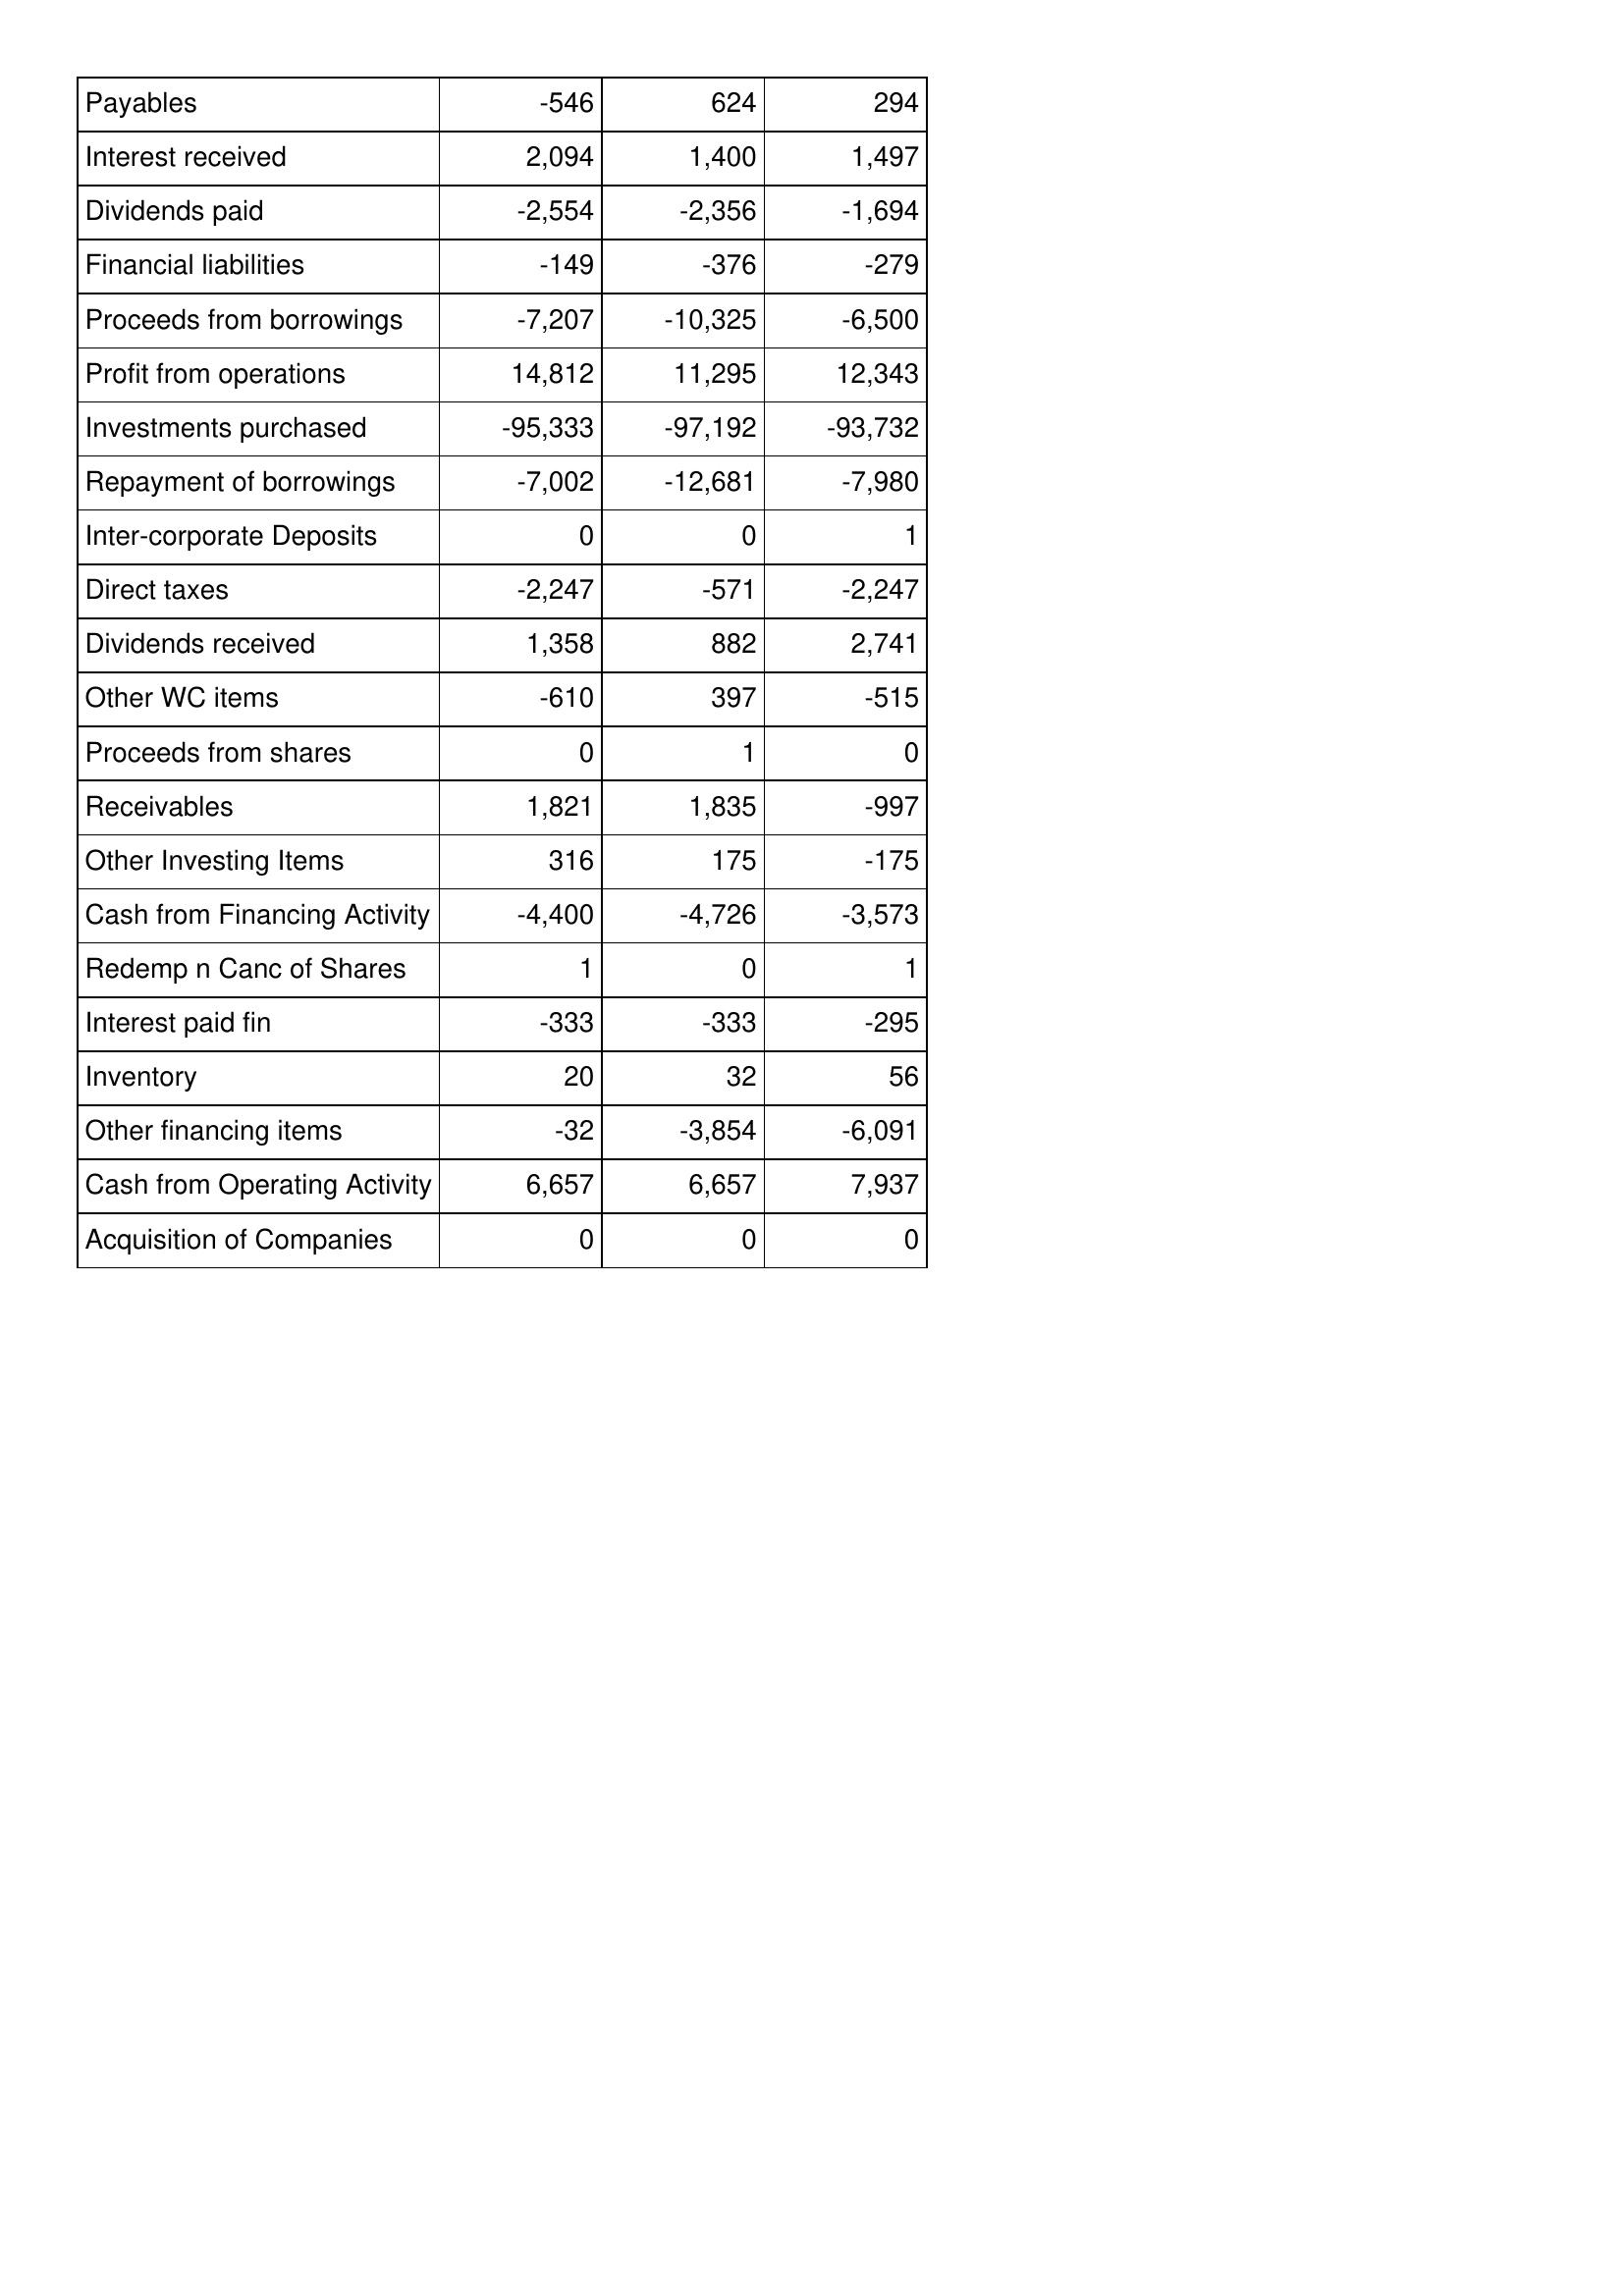
Sep-08: Cash Flows: Payables: -546
Interest received: 2,094
Dividends paid: -2,554
Financial liabilities: -149
Proceeds from borrowings: -7,207
Profit from operations: 14,812
Investments purchased: -95,333
Repayment of borrowings: -7,002
Inter-corporate Deposits: 0
Direct taxes: -2,247
Dividends received: 1,358
Other WC items: -610
Proceeds from shares: 0
Receivables: 1,821
Other Investing Items: 316
Cash from Financing Activity: -4,400
Redemp n Canc of Shares: 1
Interest paid fin: -333
Inventory: 20
Other financing items: -32
Cash from Operating Activity: 6,657
Acquisition of Companies: 0
Sep-09: Cash Flows: Payables: 624
Interest received: 1,400
Dividends paid: -2,356
Financial liabilities: -376
Proceeds from borrowings: -10,325
Profit from operations: 11,295
Investments purchased: -97,192
Repayment of borrowings: -12,681
Inter-corporate Deposits: 0
Direct taxes: -571
Dividends received: 882
Other WC items: 397
Proceeds from shares: 1
Receivables: 1,835
Other Investing Items: 175
Cash from Financing Activity: -4,726
Redemp n Canc of Shares: 0
Interest paid fin: -333
Inventory: 32
Other financing items: -3,854
Cash from Operating Activity: 6,657
Acquisition of Companies: 0
Sep-10: Cash Flows: Payables: 294
Interest received: 1,497
Dividends paid: -1,694
Financial liabilities: -279
Proceeds from borrowings: -6,500
Profit from operations: 12,343
Investments purchased: -93,732
Repayment of borrowings: -7,980
Inter-corporate Deposits: 1
Direct taxes: -2,247
Dividends received: 2,741
Other WC items: -515
Proceeds from shares: 0
Receivables: -997
Other Investing Items: -175
Cash from Financing Activity: -3,573
Redemp n Canc of Shares: 1
Interest paid fin: -295
Inventory: 56
Other financing items: -6,091
Cash from Operating Activity: 7,937
Acquisition of Companies: 0